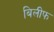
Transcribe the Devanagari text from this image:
बिलीफ